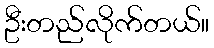
ဦးတည်လိုက်တယ်။